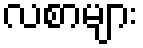
လစာများ